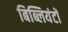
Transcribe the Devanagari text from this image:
बिब्लियंटों